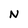
Character: N